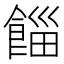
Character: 𩜊